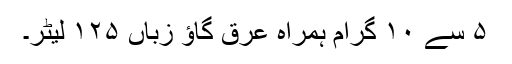
۵ سے ۱۰ گرام ہمراہ عرق گاؤ زباں ۱۲۵ لیٹر۔